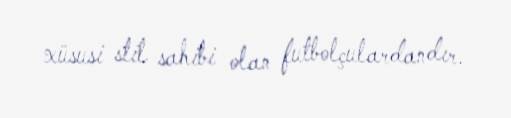
xüsusi stil sahibi olan futbolçulardandır.